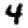
Digit: 4